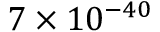
7 \times 1 0 ^ { - 4 0 }